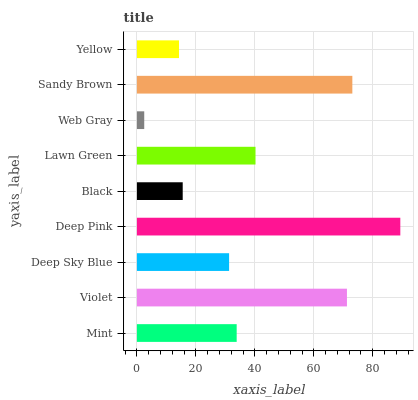
| yaxis_label | bars |
 | --- | --- |
 | Mint | 33.8 |
 | Violet | 71.2 |
 | Deep Sky Blue | 31.3 |
 | Deep Pink | 89.3 |
 | Black | 15.5 |
 | Lawn Green | 40.2 |
 | Web Gray | 2.48 |
 | Sandy Brown | 73.1 |
 | Yellow | 14.3 |